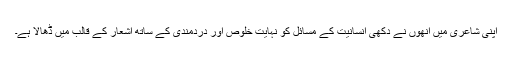
اپنی شاعری میں انھوں نے دکھی انسانیت کے مسائل کو نہایت خلوص اور دردمندی کے ساتھ اشعار کے قالب میں ڈھالا ہے۔